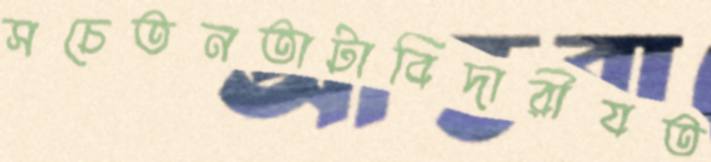
সচেতনতাটাবিদারীযত